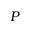
P